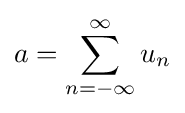
a=\sum _{n=-\infty }^{\infty }u_{n}